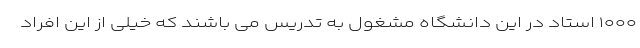
۱۰۰۰ استاد در این دانشگاه مشغول به تدریس می باشند که خیلی از این افراد